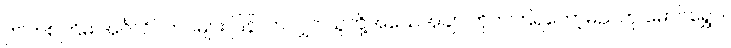
ဤတစ်ကြိမ် အင်္ဂလိပ်တပ်များ ပြန်လာလျှင် သူတို့အသေအချာ တိုက်ကြရတော့မည်ဟု မောင်ရွှေဝါ